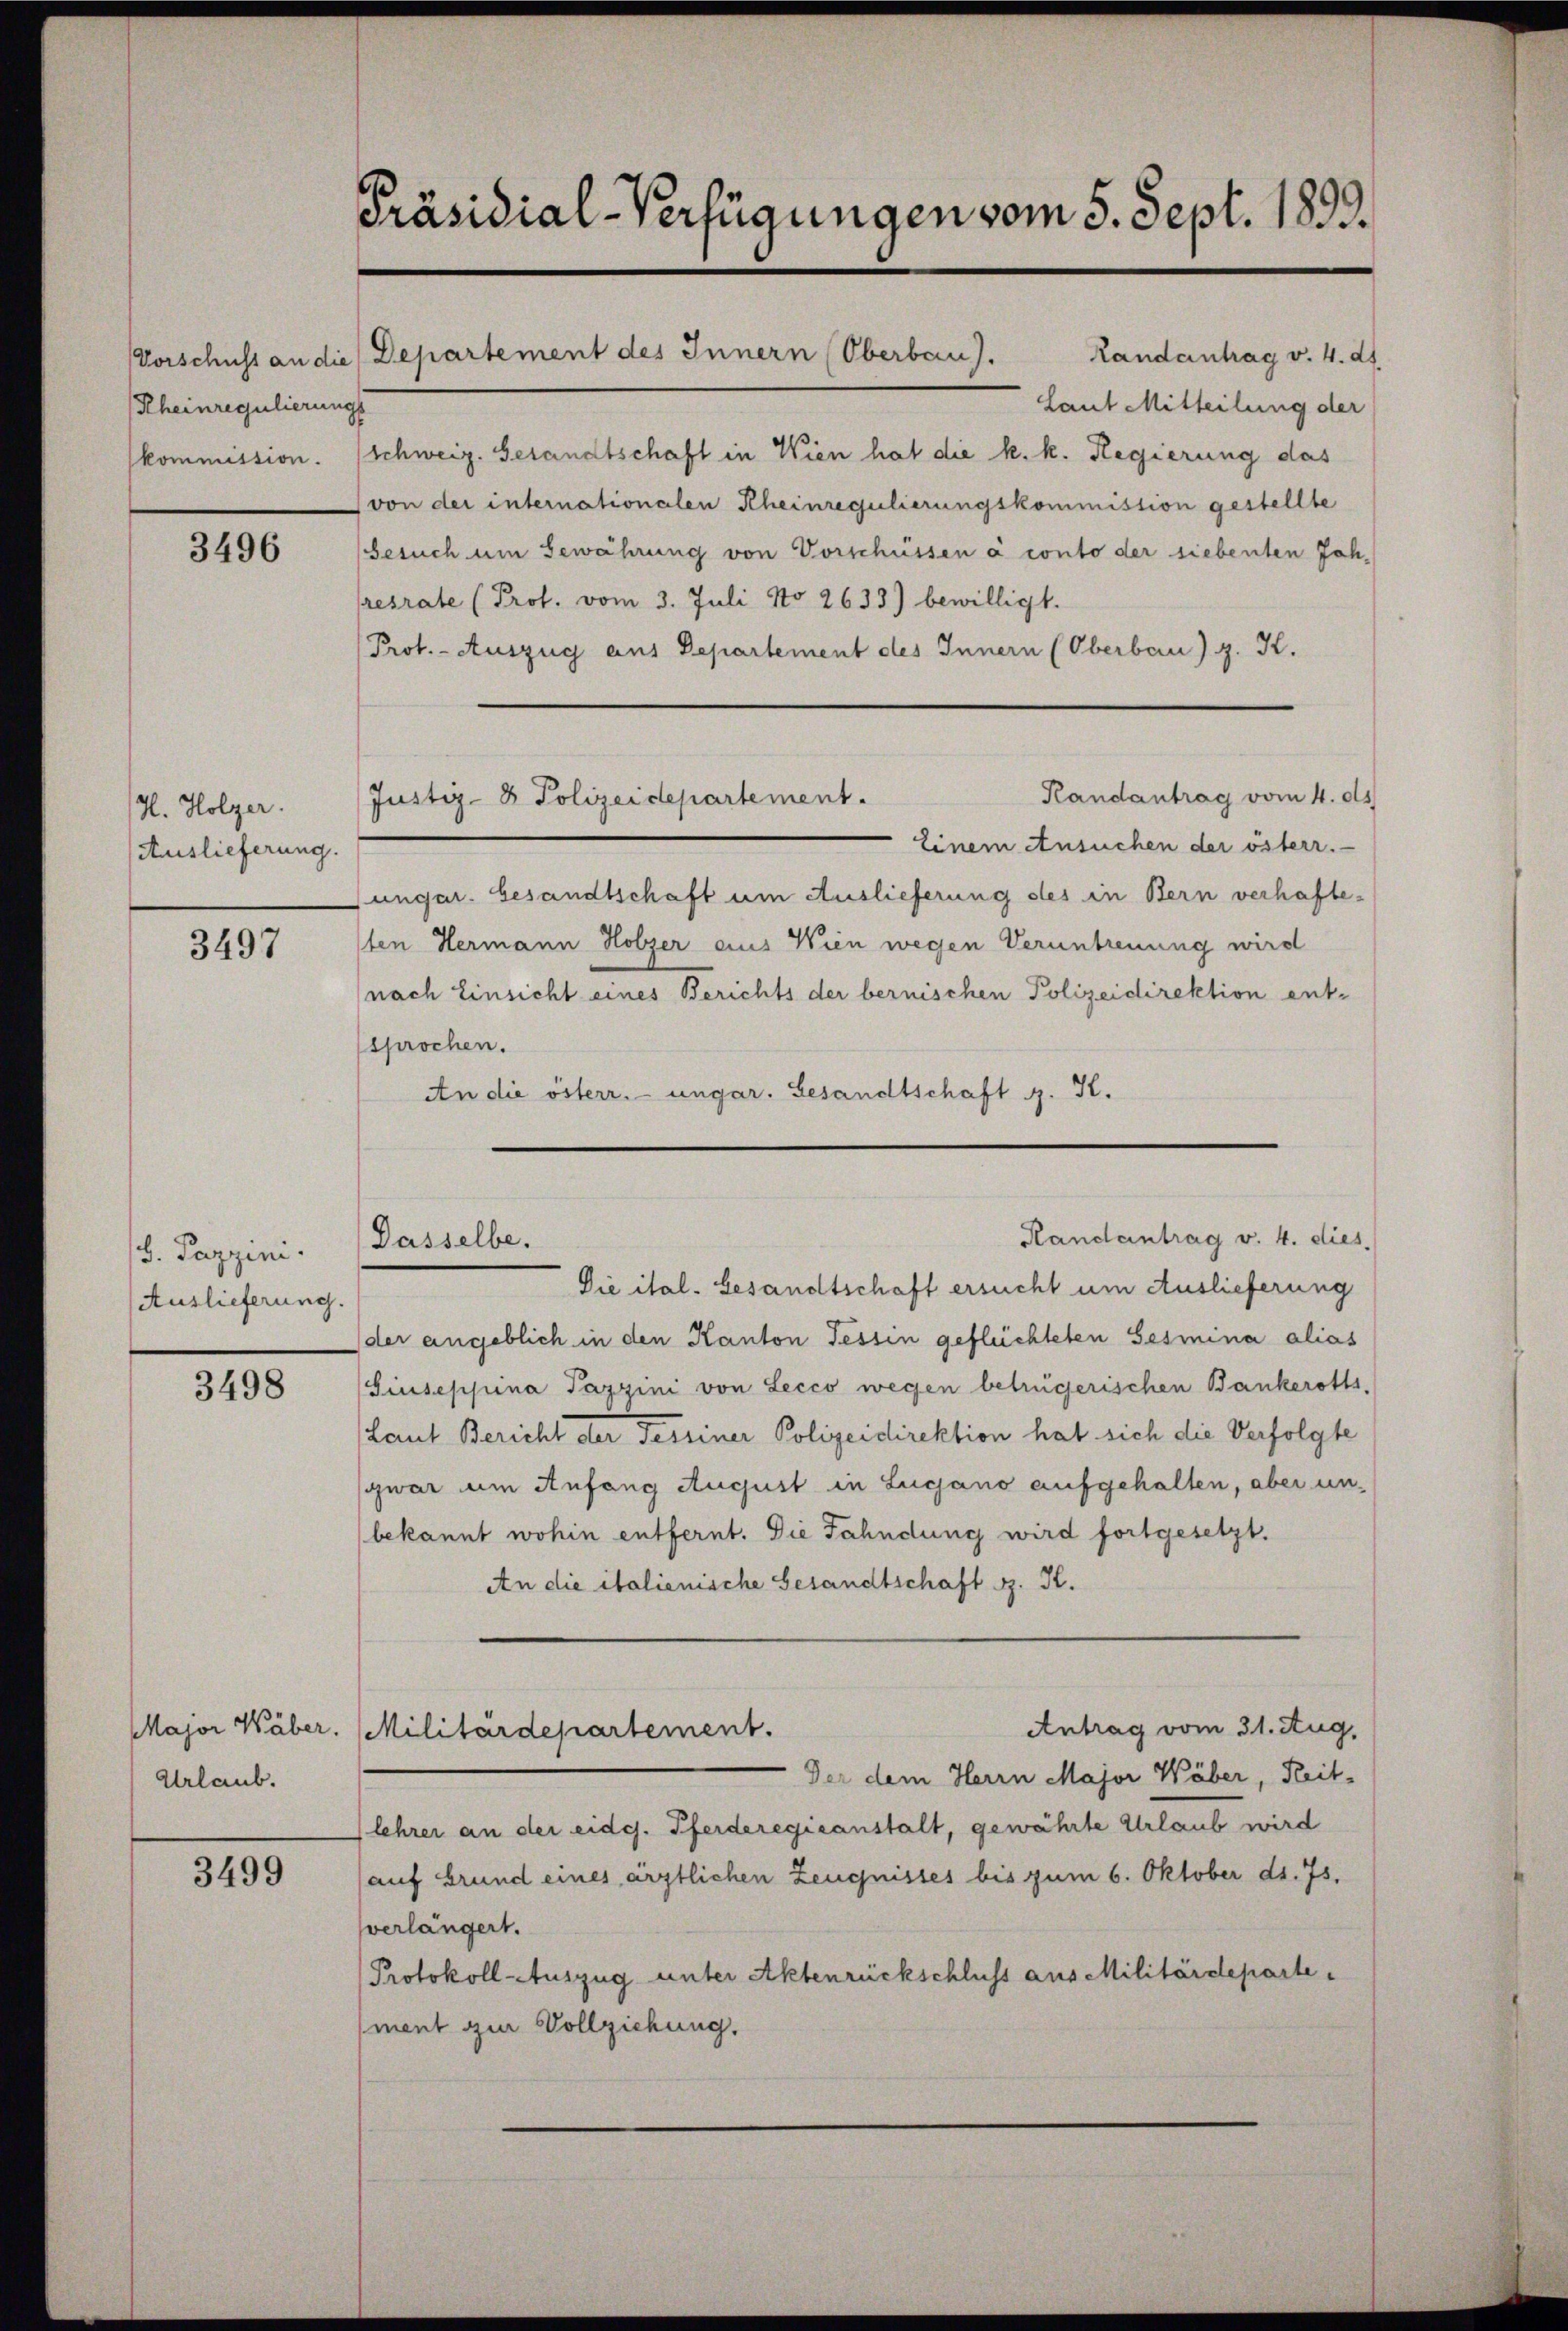
Rheinregulierungs
kommission.

3496

H. Holzer.
(Auslieferung.

3497

d. Pappini.
Auslieferung.

3498

Major Wäber.
Urlaub.

3499

Präsidial-Verfügungen vom 5. Sept. 1893.

Vorschuss an die Departement des Innern (Oberbau).

Landantrag v. 4. d.
Laut Mitteilung der
Schweiz. Gesandtschaft in Wien hat die k. k. Regierung das
von der internationalen Rheinregulierungskommission gestellte
Besuch um Bewährung von Vorschüssen à conto der siebenten Joh.
resrate (Prof. vom 3. Juli No 2633) bewilligt.
Prot. - Auszug aus Departement des Innern (Oberbau) z. K.
Randantrag vom 4. ds.
Justiz- & Polizeidepartement.
Einem Ansuchen der österr.
Jungar. Gesandtschaft um Auslieferung des in Bern verhaftesten Hermann Holzer aus Wien wegen Veruntreuung wird
nach Einsicht eines Berichts der bernischen Polizeidirektion ent-
sprochen.
An die österr. ungar. Gesandtschaft z. K.

Randantrag v. 4. dies
Dasselbe.

Die ital. Gesandtschaft ersucht um Auslieferung
der angeblich in den Kanton Tessin geflüchteten Sesmina alias
Giuseppina Pazzini von Lecco wegen betrügerischen Bankeroths-
Laut Bericht der Tessiner Polizeidirektion hat sich die Verfolgte
zwar um Anfang August in Lugano aufgehalten, aber unbekannt wohin entfernt. Die Fahndung wird fortgesetzt.
An die italienische Gesandtschaft d. K.
Antrag vom 31. Aug.
Militärdepartement.
Der dem Herrn Major Wäber, Reit-
lehrer an der eidg. Pferderegicanstalt, gewährte Urlaub wird
(auf Grund eines ärztlichen Zeugnisses bis zum 6. Oktober ds. 75.
verlängert.
Protokoll-Auszug unter Aktenrückschluss aus Militärdeparte
ment zur Vollziehung.